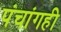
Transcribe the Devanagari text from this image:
पंचांगही